Insane asylums in Bengal annual reports 1876-1887 - 1876-1887
Year: 1876
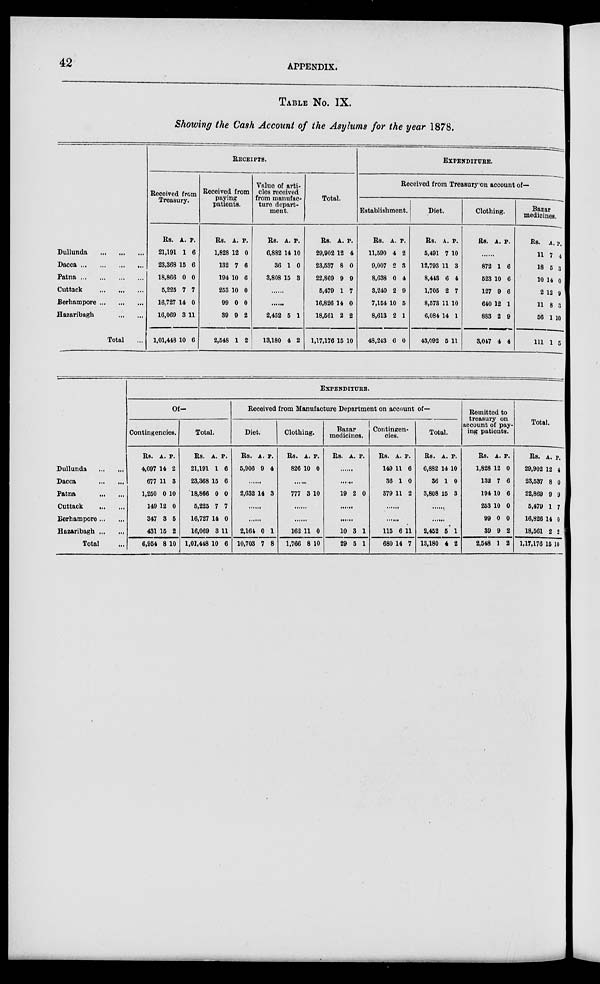
42
APPENDIX.
TABLE NO. IX.
Showing the Cash Account of the Asylums for the year 1878.
Dullunda ... ... ...
Dacca
...
...
...
...
Patna ... ... ... ...
Cuttack
...
...
...
Berhampore
...
...
...
Hazaribagh ... ...
Total ...
RECEIPTS.
Received from
Treasury.
Rs.
21,191
23,368
18,866
5,225
16,727
16,069
1,01,418
A.
1
15
0
7
14
3
10
P.
6
6
0
7
0
11
6
Received from
paying
patients.
Rs.
1,828
132
194
253
99
39
2,548
A.
12
7
10
10
0
9
1
P.
0
6
6
0
0
2
2
Value of arti-
cles received
from manufac-
ture depart-
ment.
Rs.
6,882
36
3,808
A.
14
1
15
P.
10
0
3
......
......
2,452
13,180
5
4
1
2
Total.
Rs.
29,902
23,537
22,869
5,479
16,826
18,561
1,17,176
A.
12
8
9
1
14
2
15
P.
4
0
9
7
0
2
10
EXPENDITURE.
Received from Treasury on account of—
Establishment.
Rs.
11,590
9,007
8,638
3,240
7,154
8,613
48,243
A.
4
2
0
2
10
2
6
P.
2
3
4
9
5
1
0
Diet.
Rs.
5,491
12,793
8,443
1,705
8,573
6,084
43,092
A.
7
11
6
2
11
14
5
P.
10
3
4
7
10
1
11
Clothing.
Rs. A. P.
......
872
523
127
640
883
3,047
1
10
9
12
2
4
6
6
6
1
9
4
Bazar
medicines.
Rs.
11
18
10
2
11
56
111
A.
7
5
14
12
8
1
1
P.
4
3
0
9
3
10
5
EXPENDITURE.
Dullunda
...
...
Dacca ... ...
Patna ... ...
Cuttack
...
...
Berhampore ... ...
Hazaribagh ... ...
Total ...
Of—
Contingencies.
Rs.
4,097
677
1,250
149
347
431
6,954
A.
14
11
0
12
3
15
8
P.
2
3
10
0
5
2
10
Total.
Rs.
21,191
23,368
18,866
5,225
16,727
16,069
1,01,448
A.
1
15
0
7
14
3
10
P.
6
6
0
7
0
11
6
Received from Manufacture Department on account of—
Diet.
Rs.
5,906
A.
9
P.
4
......
2,632 14 3
......
......
2,164
10,703
0
7
1
8
Clothing.
Rs.
826
A.
10
P.
0
.....
777 3 10
......
......
162
1,766
11
8
0
10
Bazar
medicines.
Rs. A. P.
......
......
19 2 0
......
......
10
29
3
5
1
1
Contingen-
cies.
Rs.
149
36
379
A.
11
1
11
P.
6
0
2
......
......
115
680
6
14
11
7
Total.
Rs.
6,882
36
3,808
A.
14
1
15
P.
10
0
3
......
......
2,452
13,180
5
4
1
2
Remitted to
treasury on
account of pay-
ing patients.
Rs.
1,828
132
194
253
99
39
2,548
A.
12
7
10
10
0
9
1
P.
0
6
6
0
0
2
2
Total.
Rs.
29,902
23,537
22,869
5,479
16,826
18,561
1,17,176
A.
12
8
9
1
14
2
15
P.
4
0
9
7
0
2
10